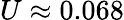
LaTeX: U\approx 0.068